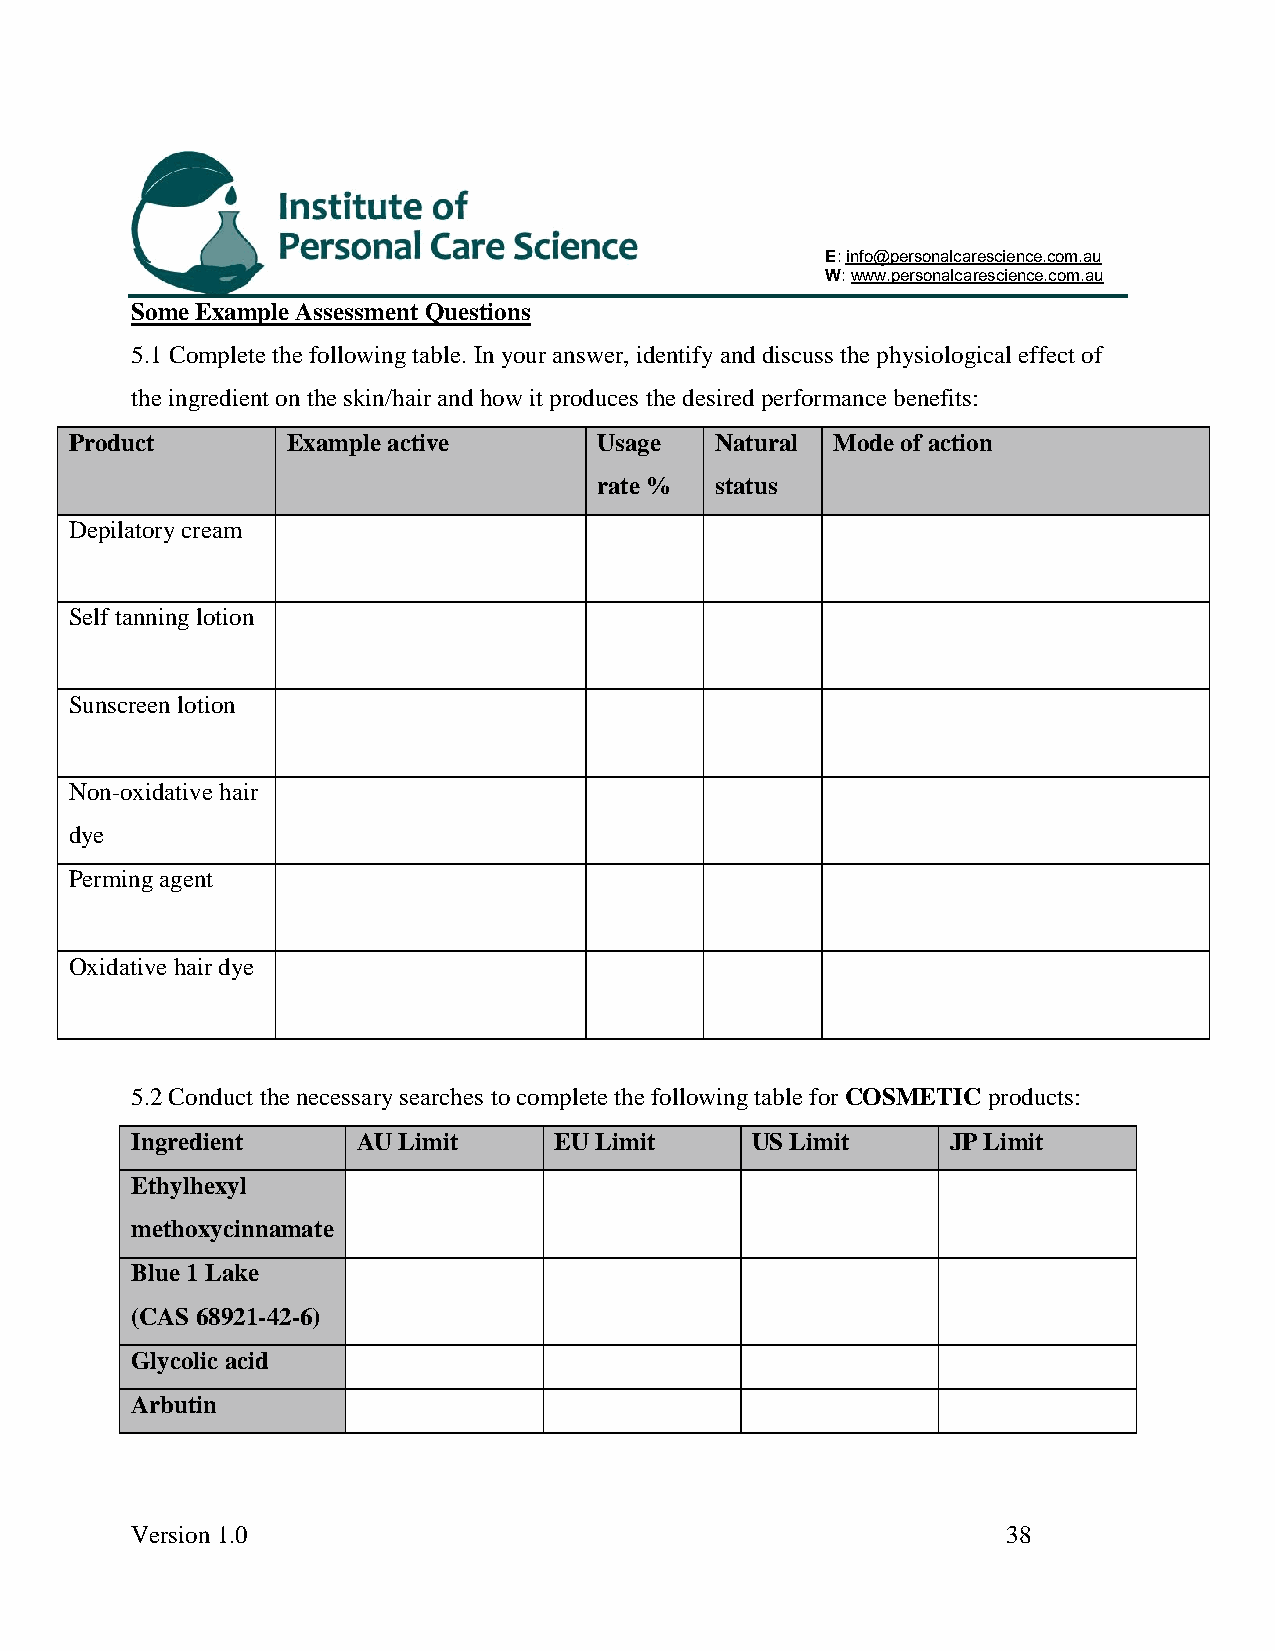
E: info@personalcarescience.com.au
 W: www.personalcarescience.com.au
 Some Example Assessment Questions
 5.1 Complete the following table. In your answer, identify and discuss the physiological effect of
 the ingredient on the skin/hair and how it produces the desired performance benefits:
 Product       Example active       Usage  Natural Mode of action
 rate % status
 Depilatory cream
 Self tanning lotion
 Sunscreen lotion
 Non-oxidative hair
 dye
 Perming agent
 Oxidative hair dye
 5.2 Conduct the necessary searches to complete the following table for COSMETIC products:
 Ingredient     AU Limit     EU Limit     US Limit     JP Limit
 Ethylhexyl
 methoxycinnamate
 Blue 1 Lake
 (CAS 68921-42-6)
 Glycolic acid
 Arbutin
 Version 1.0                                               38